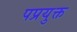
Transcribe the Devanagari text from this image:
पप्रयुक्त